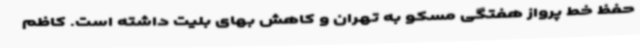
حفظ خط پرواز هفتگی مسکو به تهران و کاهش بهای بلیت داشته است. کاظم